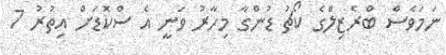
ނަމަވެސް ބްރެޒިލްގެ ކޯޗު ޑުންގާ މިހާރު ވަނީ އެ ސްކޮޑަށް އިތުރު 7